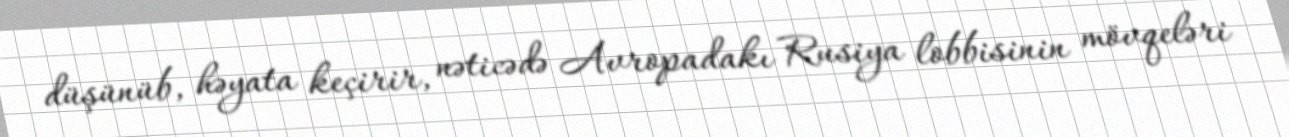
düşünüb, həyata keçirir, nəticədə Avropadakı Rusiya lobbisinin mövqeləri